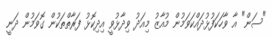
"ސަން" އާ ވާހަކަފުޅުދައްކަވަމުން މުއާޒު މިއަދު ވިދާޅުވީ އިދިކޮޅު ފަރާތްތަކުން ގޮވަމުން ދަނީ